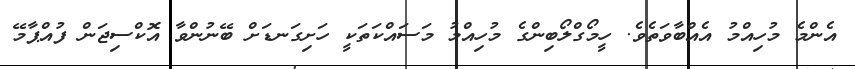
އެންމެ މުހިއްމު އެއްބާވަތެވެ. ހީމޯގްލޯބިންގެ މުހިއްމު މަސައްކަތަކީ ހަށިގަނޑަށް ބޭނުންވާ އޮކްސިޖަން ފުއްޕާމޭ